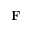
\mathbf { F }